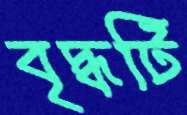
বৃদ্ধটি